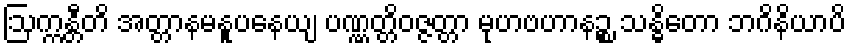
ဩက္ကန္တီတိ အတ္တာနမနူပနေယျ ပဏ္ဏတ္တိဝဇ္ဇတ္တာ မုဟဗဟာနဉ္စ သန္ဓိတော ဘဂိနိယာပိ